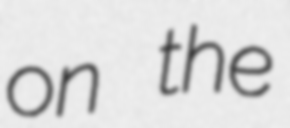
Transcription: on the